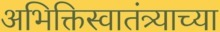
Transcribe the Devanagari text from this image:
अभिक्तिस्वातंत्र्याच्या